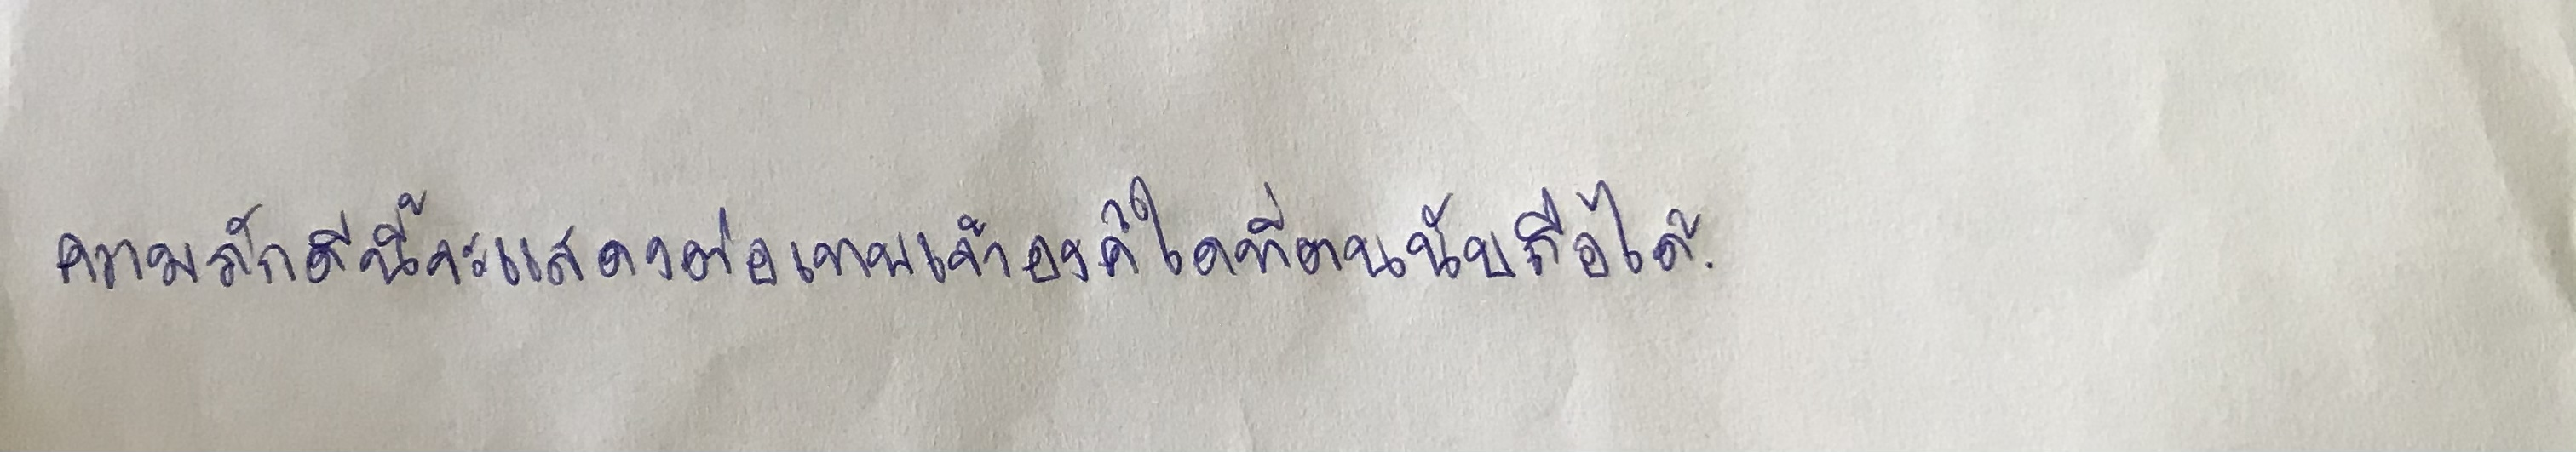
ความภักดีนี้จะแสดงต่อเทพเจ้าองค์ใดที่ตนนับถือก็ได้